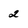
Character: 2